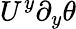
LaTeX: U^{y}\partial_{y}\theta